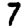
Digit: 7